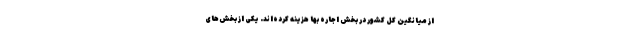
از میانگین کل کشور در بخش اجاره بها هزینه کرده‌اند. یکی از بخش‌های